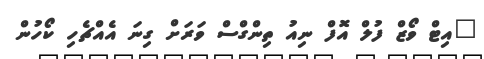
"އިޓް ވޯޒް ފުލް އޮފް ނިއު ތިންގްސް ވަރަށް ގިނަ އެއްޗެހި ކޯހުން